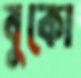
বুকো